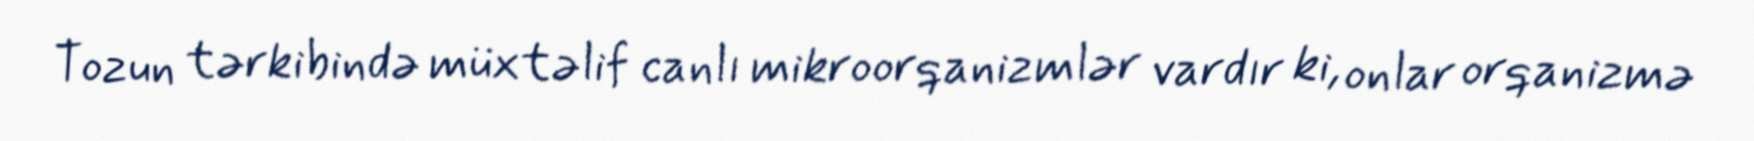
Tozun tərkibində müxtəlif canlı mikroorqanizmlər vardır ki, onlar orqanizmə